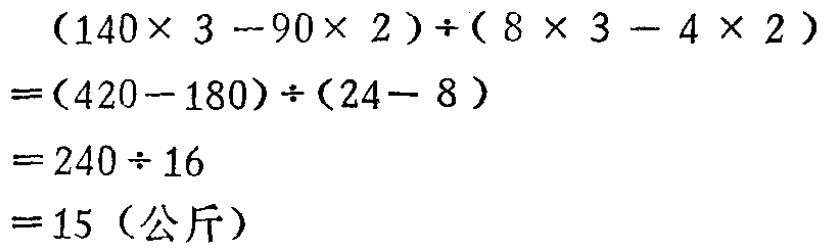
\[
\begin{align*}
&(140\times 3 - 90\times 2)\div(8\times 3 - 4\times 2)\\
=&(420 - 180)\div(24 - 8)\\
=&240\div 16\\
=&15 \text{（公斤）}
\end{align*}
\]